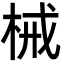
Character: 械